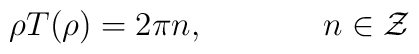
\rho T(\rho) = 2 \pi n, \hskip 1.5cm n \in {\cal Z}